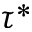
\tau ^ { * }